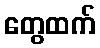
တွေထက်